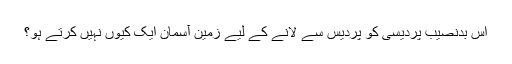
اس بدنصیب پردیسی کو پردیس سے لانے کے لیے زمین آسمان ایک کیوں نہیں کرتے ہو؟